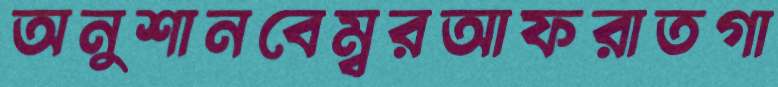
অনুশানবেম্বরআফরাতগা